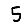
Digit: 5